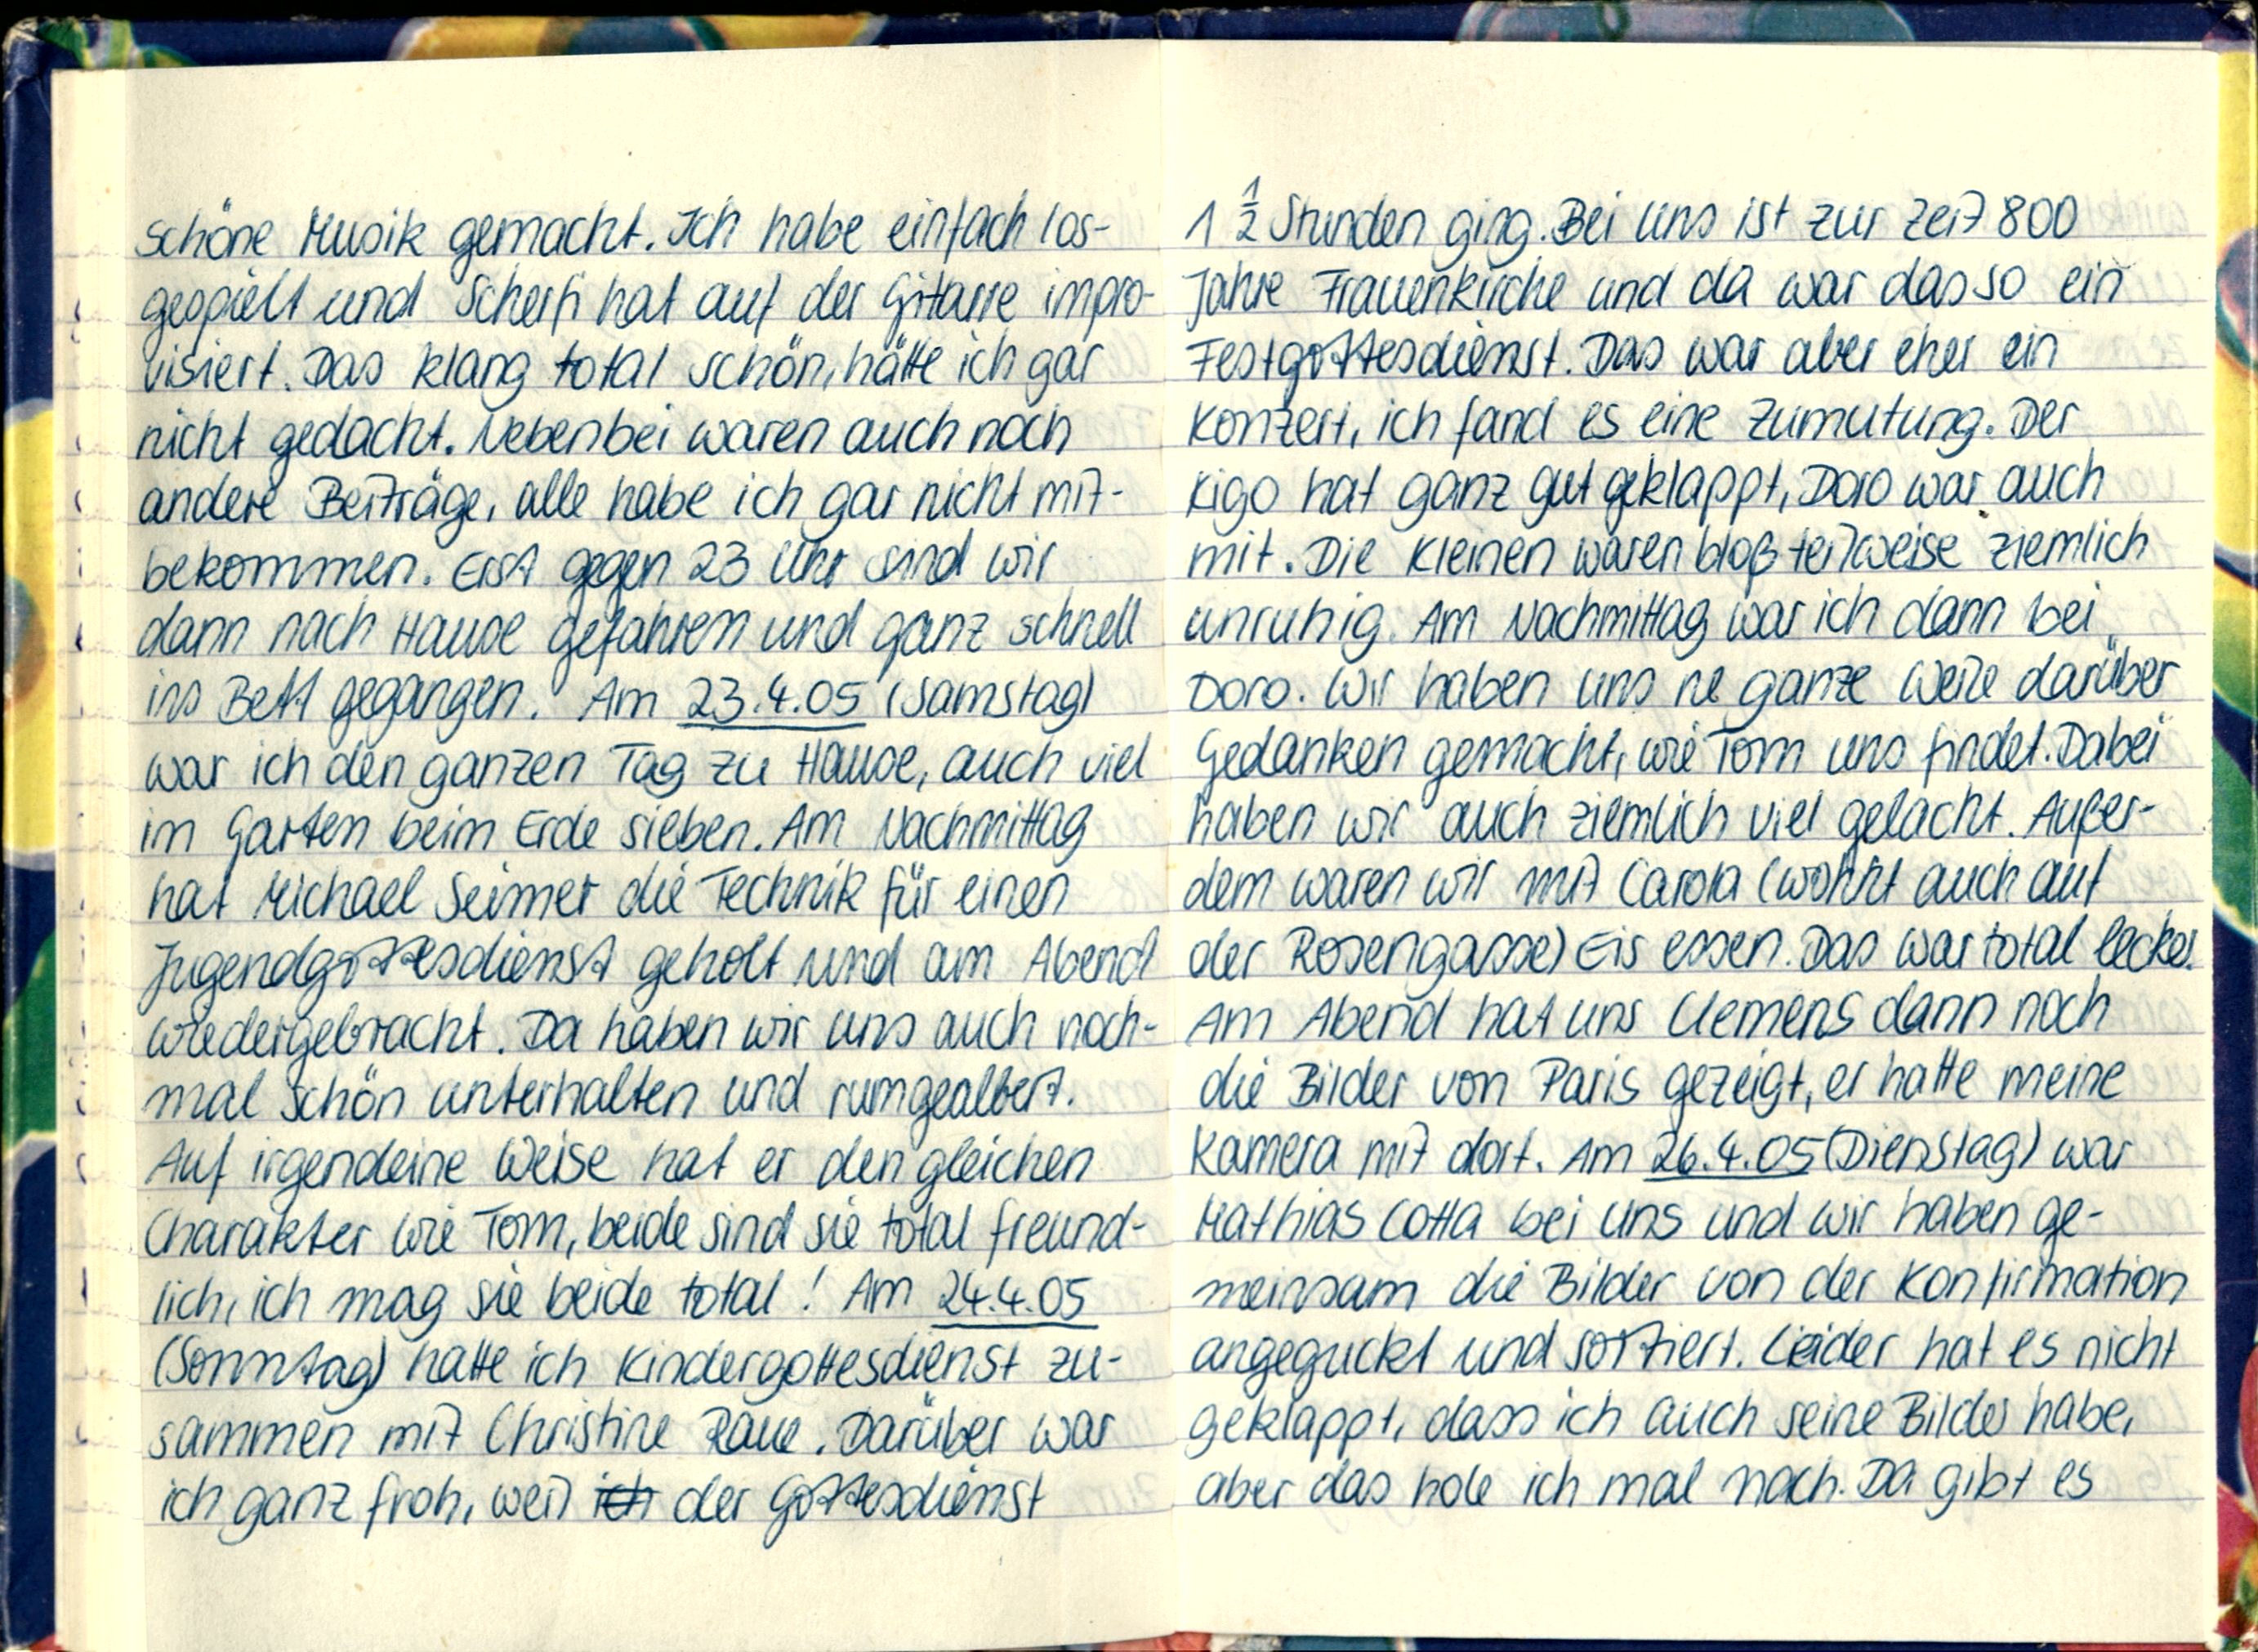
schöne Musik gemacht. Ich habe einfach los-
gespielt und Scherfi hat auf der Gitarre impro-
uisiert. Das klang total schön, hatte ich gar
nicht gedacht. Nebenbei waren auch noch
andere Beiträge, alle habe ich gar nicht mit-
bekommen. Erst gegen 23 Uhr sind wir
dann nach Hause gefahren und ganz schnell
ins Bett gegangen. Am 23.4.05 (Samstag)
war ich den ganzen Tag zu Hause, auch viel
im Garten beim Erde sieben. Am Nachmittag
hat Michael Seumer die Technik für einen
Jugendgrtesdienst geholt und am Abend
wiedergebracht. Da haben wir uns auch noch-
mal schön unterhalten und rumgealbert.
Auf irgendeine Weise hat er den gleichen
Charakter wie Tom, beide sind sie toral freund-
lich, ich mag sie beide total! Am 24.4.05
(Sonntag) hatte ich Kindergottesdienst zu-
sammen mit Christine Raue. Darüber war
ich ganz froh, weil der Gottesdienst

1 2 Stunden ging. Bei uins ist zur Zeit 800
Jahre Frauenkriche und da war das so ein
Festgottesdienst. Das war aber eher ein
Kontert, ich fand es eine Zumutung. Der
tigo hat ganz gut geklappt, Doro war auch
mit. Die Kleinen waren bloß teilweise ziemlich
unrühig. Am Nachmitag war ich dann bei
Doro. Wir haben uns ne ganze Weile darüber
Gedanken gemacht, wie vom uns findet. Dabei
haben wir auch ziemlich viel gelacht. Außer-
dem waren wir mit Carda (wolckt auch auf
der Rosengasse) Eis essen. Das wartotal lecker
Am Abend hat uns Clemens dann noch
die Bilder von Paris gezeigt, er hatte meine
Kamera mit dort. Am 26.4.05 (Dienstag) war
Mathias cotta bei uns und wir haben ge-
meinsam die Bilder von der Konfirmation
angeguckt und sortiert. Leider hat es nicht
geklappt, dass ich auch seine Bilder habe,
aber das hole ich mal nach. Da gibt es